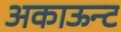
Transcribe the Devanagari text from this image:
अकाऊन्ट